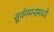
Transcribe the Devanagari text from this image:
सूर्यगमनामध्ये